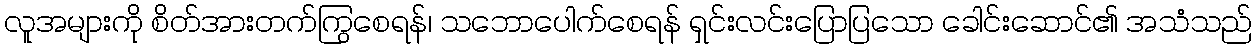
လူအများကို စိတ်အားတက်ကြွစေရန်၊ သဘောပေါက်စေရန် ရှင်းလင်းပြောပြသော ခေါင်းဆောင်၏ အသံသည်